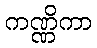
ကဏ္ဏိကာ